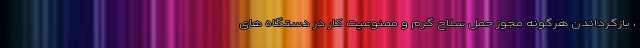
، بازگرداندن هرگونه مجوز حمل سلاح گرم و ممنوعیت کار در دستگاه های